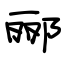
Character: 郦